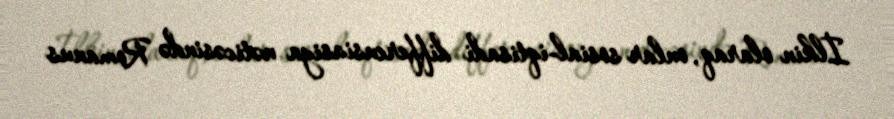
İlkin olaraq, onlar sosial-iqtisadi differensiasiya nəticəsində Romanus